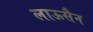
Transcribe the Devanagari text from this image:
लाऊसैन